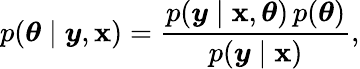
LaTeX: p(\boldsymbol{\theta}\mid\boldsymbol{y},\boldsymbol{\mathbf{x}})=\frac{{p(\boldsymbol{y}\mid\boldsymbol{\mathbf{x}},\boldsymbol{\theta})\, p(\boldsymbol{\theta})}}{{p(\boldsymbol{y}\mid\boldsymbol{\mathbf{x}})}},